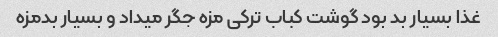
غذا بسیار بد بود گوشت کباب ترکی مزه جگر میداد و بسیار بدمزه